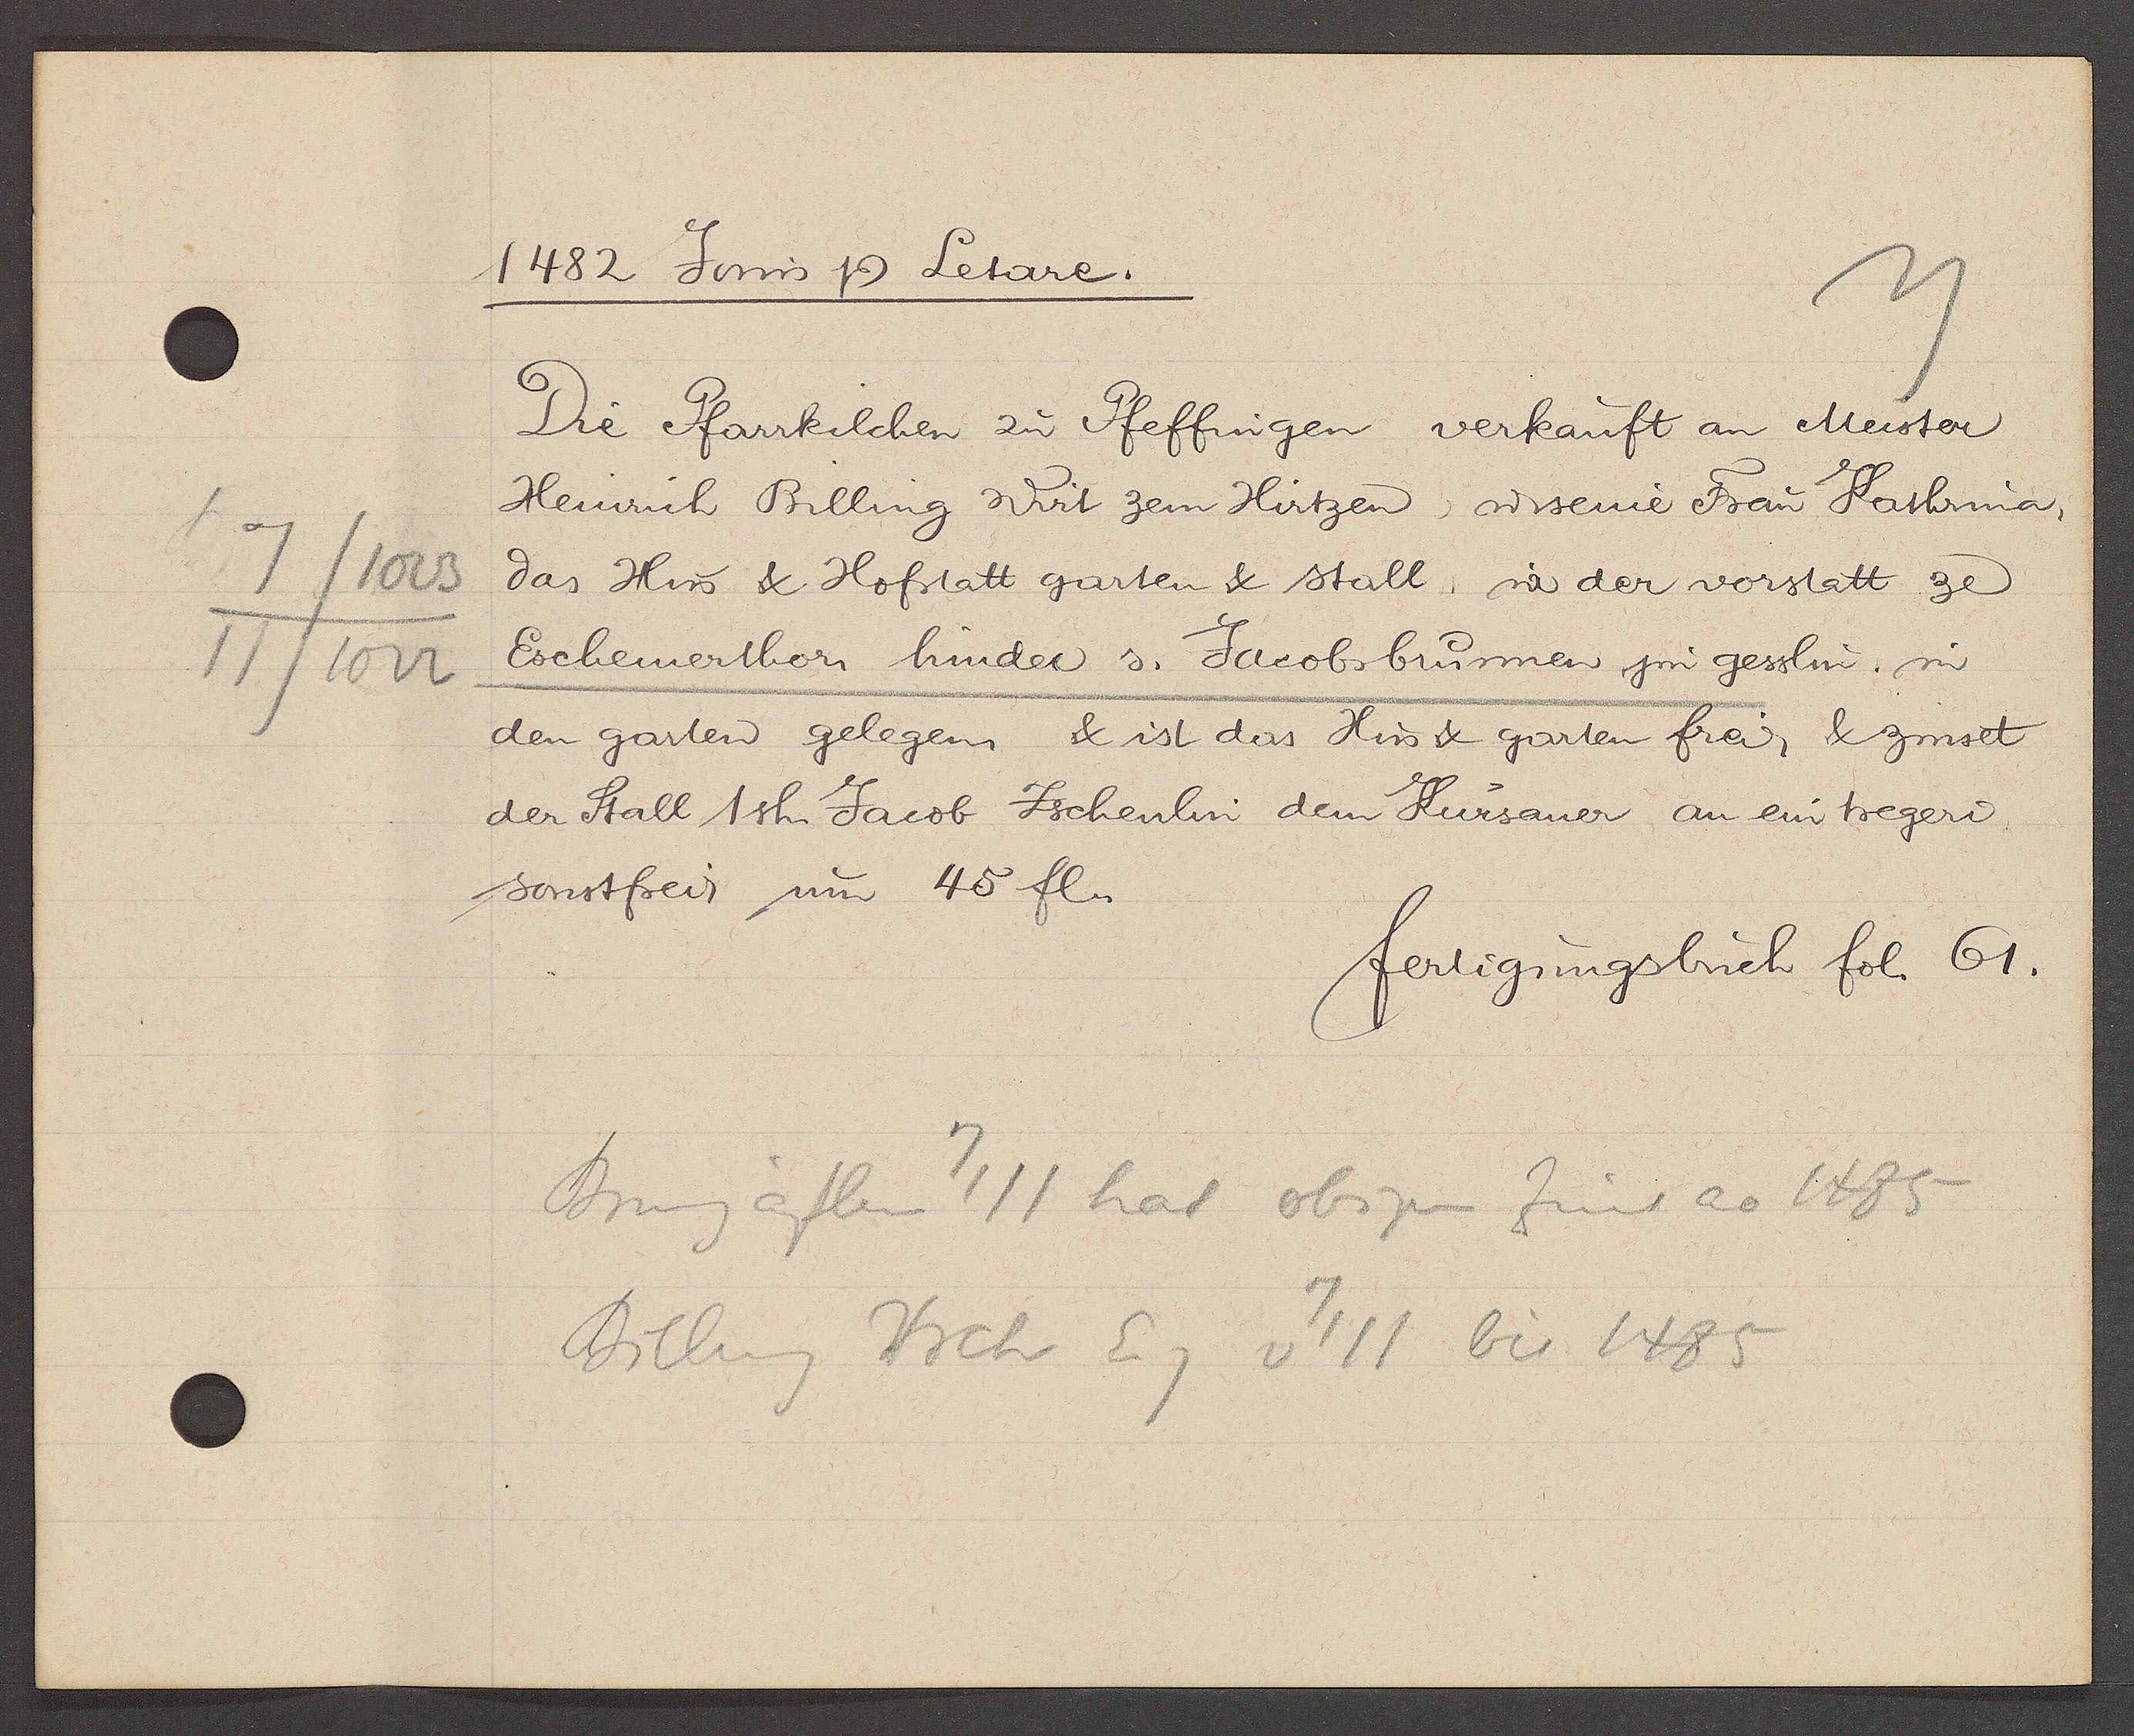
Transcript:
7/1023
11/1022

1482 Jovis Ƿ Letare.

Die Pfarrkilchen zu Pfeffingen verkauft an Meister
Heinrich Billing Wirt zem Hirtzen, u seine Frau Kathrina,
das Hus & Hofstatt garten & stall, in der vorstatt ze
Eschemerthor hinder s. Jacobsbrunnen jm gesslin, in
den garten gelegen & ist das Hus & garten frei, & zinset
der Stall 1 sh. Jacob Zschenlin dem Kursaner an ein tregeri
sonstfrei um 45 fl.

fertigungsbuch fol. 61.

Brunngäslein 7/11 hat obigen Zins ao 1485
Billing Hrch Eg v 7/11 bis 1485